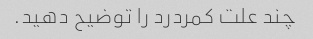
چند علت کمردرد را توضیح دهید.